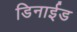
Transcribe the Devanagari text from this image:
डिनाईड